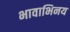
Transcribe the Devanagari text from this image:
भावाभिनय